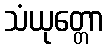
သံယုတ္တော